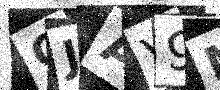
Text: GJAV9M